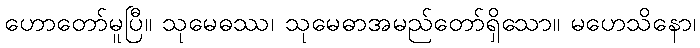
ဟောတော်မူပြီ။ သုမေဓဿ၊ သုမေဓာအမည်တော်ရှိသော။ မဟေသိနော၊